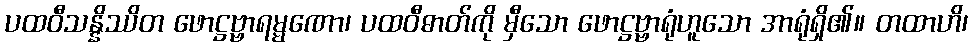
ပထဝီသန္နိဿိတ ဖောဋ္ဌဗ္ဗာရမ္မဏော၊ ပထဝီဓာတ်ကို မှီသော ဖောဋ္ဌဗ္ဗာရုံဟူသော အာရုံရှိ၏။ တထာဟိ၊